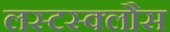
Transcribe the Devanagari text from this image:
लस्टस्क्लौस